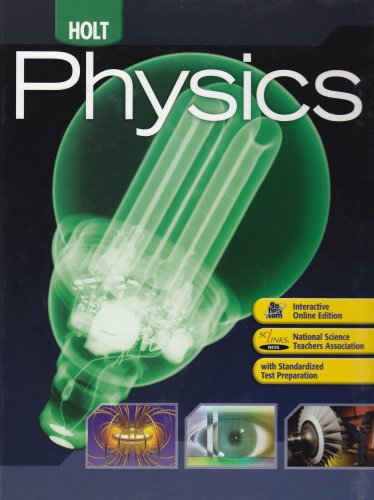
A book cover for Holt Physics: Student Edition 2009; RINEHART AND WINSTON HOLT; Teen & Young Adult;